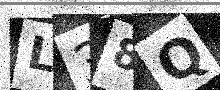
Text: L38Q